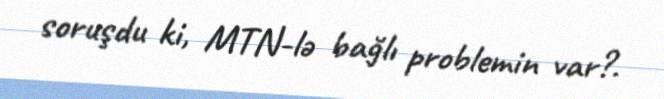
soruşdu ki, MTN-lə bağlı problemin var?.